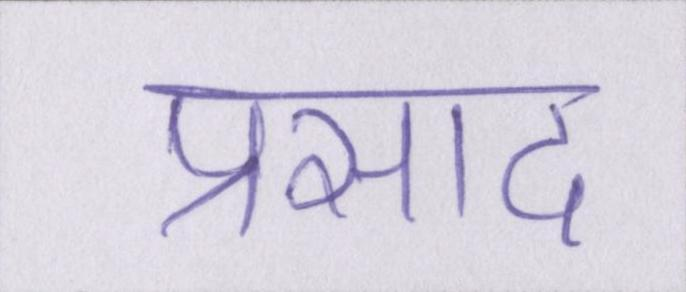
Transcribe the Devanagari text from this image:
प्रसाद